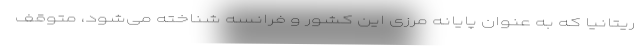
ریتانیا که به عنوان پایانه مرزی این کشور و فرانسه شناخته می‌شود، متوقف